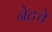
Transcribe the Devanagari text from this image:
नेटचे